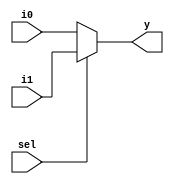
`timescale 1ns / 1ps
//////////////////////////////////////////////////////////////////////////////////
// Company: 
// Engineer: 
// 
// Design Name: 
// Module Name: mux_2_1
// Project Name: 
// Target Devices: 
// Tool Versions: 
// Description: 
// 
// Dependencies: 
// 
// Revision:
// Revision 0.01 - File Created
// Additional Comments:
// 
//////////////////////////////////////////////////////////////////////////////////


module mux_2_1(
input sel,
  input i0, i1,
  output y);
  
  assign y = sel ? i1 : i0;
endmodule

module mux_4_1(
  input sel0, sel1,
  input  i0,i1,i2,i3,
  output reg y);
  
  wire y0, y1;
  
  mux_2_1 m1(sel1, i2, i3, y1);
  mux_2_1 m2(sel1, i0, i1, y0);
endmodule